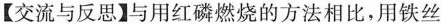
【交流与反思】与用红磷燃烧的方法相比，用铁丝